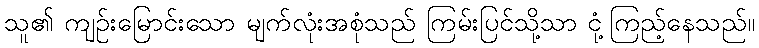
သူ၏ ကျဉ်းမြောင်းသော မျက်လုံးအစုံသည် ကြမ်းပြင်သို့သာ ငုံ့ကြည့်နေသည်။